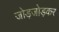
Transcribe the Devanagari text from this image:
जोड़जोड़कर